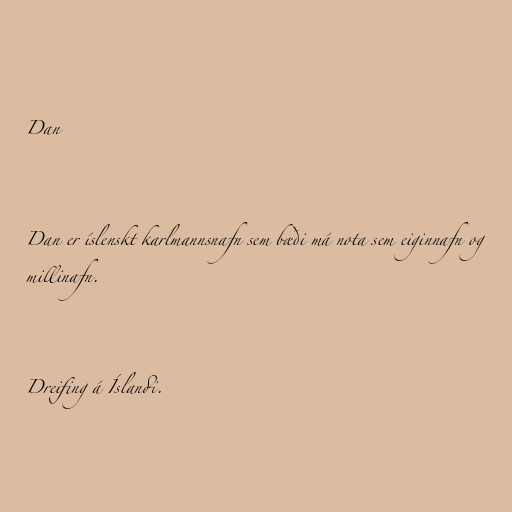
Dan

Dan er íslenskt karlmannsnafn sem bæði má nota sem eiginnafn og
millinafn.

Dreifing á Íslandi.